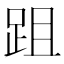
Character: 跙